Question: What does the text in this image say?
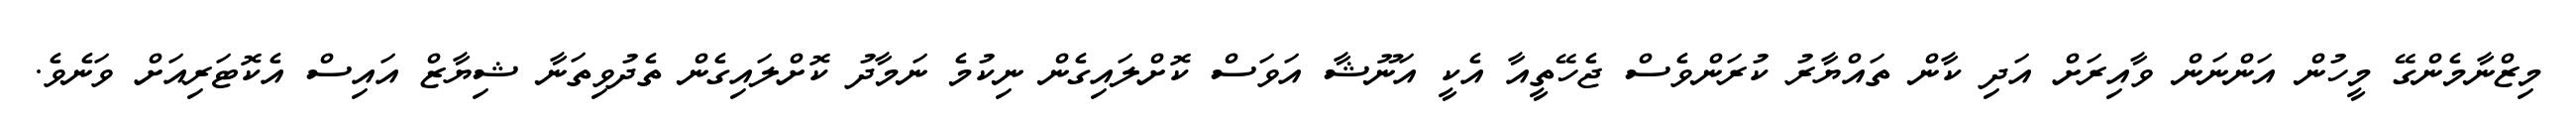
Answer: މިޒްނާމެންގޭ މީހުން އަންނަން ވާއިރަށް އަދި ކާން ތައްޔާރު ކުރަންވެސް ޖެހޭތީއާ އެކީ އަނޫޝާ އަވަސް ކޮށްލައިގެން ނިކުމެ ނަމާދު ކޮށްލައިގެން ތެދުވިތަނާ ޝިޔާޒް އައިސް އެކޮޓަރިއަށް ވަނެވެ.